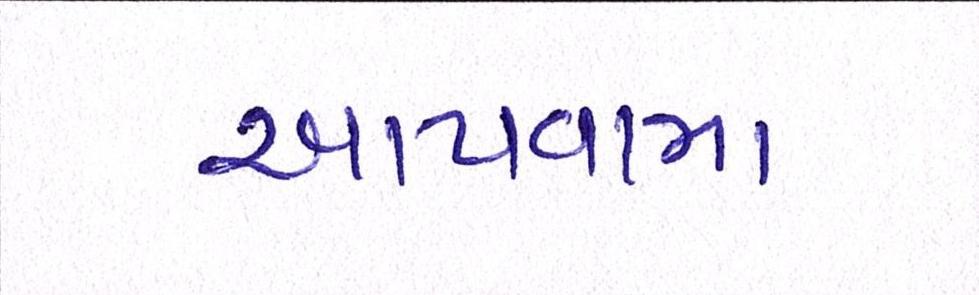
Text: આપવામા